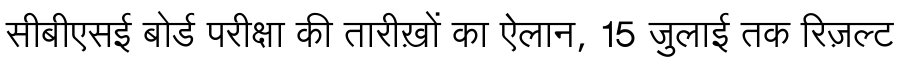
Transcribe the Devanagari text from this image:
सीबीएसई बोर्ड परीक्षा की तारीख़ों का ऐलान, 15 जुलाई तक रिज़ल्ट